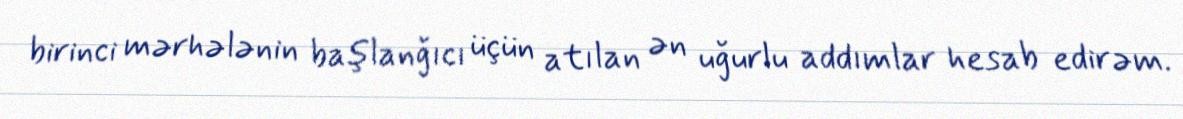
birinci mərhələnin başlanğıcı üçün atılan ən uğurlu addımlar hesab edirəm.